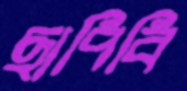
ছাপিবি